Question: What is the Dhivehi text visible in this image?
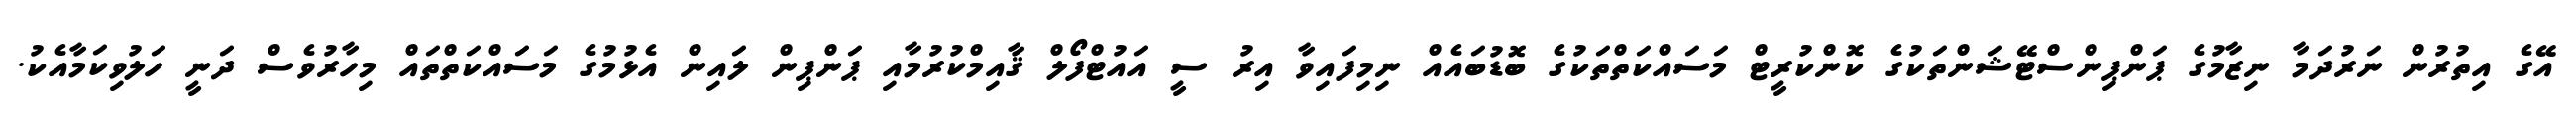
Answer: އޭގެ އިތުރުން ނަރުދަމާ ނިޒާމުގެ ޕަންޕިންސްޓޭޝަންތަކުގެ ކޮންކުރީޓް މަސައްކަތްތަކުގެ ބޮޑުބައެއް ނިމިފައިވާ އިރު ސީ އައުޓްފޯލް ޤާއިމްކުރުމާއި ޕަންޕިން ލައިން އެޅުމުގެ މަސައްކަތްތައް މިހާރުވެސް ދަނީ ހަލުވިކަމާއެކު.